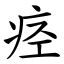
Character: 痉